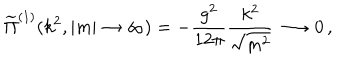
\widetilde { \Pi } ^ { ( 1 ) } ( k ^ { 2 } , | m | \rightarrow \infty ) = - \frac { g ^ { 2 } } { 1 2 \pi } \frac { k ^ { 2 } } { \sqrt { m ^ { 2 } } } \longrightarrow 0 \, ,